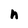
Character: n